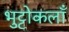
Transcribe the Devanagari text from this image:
भुट्टोकलाँ